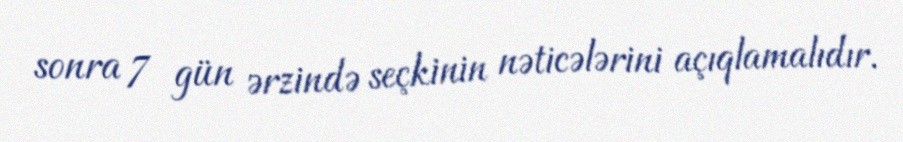
sonra 7 gün ərzində seçkinin nəticələrini açıqlamalıdır.